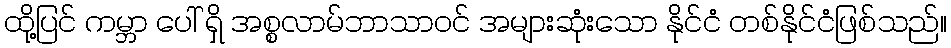
ထို့ပြင် ကမ္ဘာ ပေါ် ရှိ အစ္စလာမ်ဘာသာဝင် အများဆုံးသော နိုင်ငံ တစ်နိုင်ငံဖြစ်သည်။